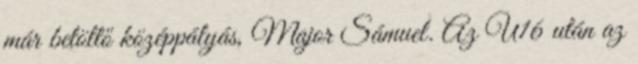
már betöltő középpályás, Major Sámuel. Az U16 után az